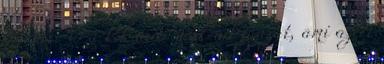
ellenére is a kék autósnak ad igazat, ami azért